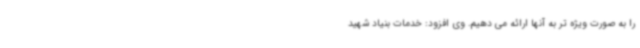
را به صورت ویژه تر به آنها ارائه می دهیم. وی افزود: خدمات بنیاد شهید